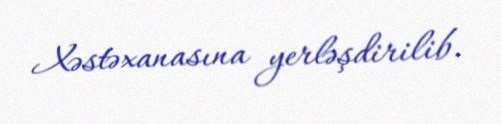
Xəstəxanasına yerləşdirilib.